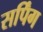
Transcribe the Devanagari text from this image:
सर्पिंग